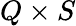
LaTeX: Q\times S